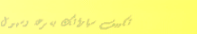
تكييف سياراتك بسرعة وسهول